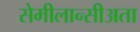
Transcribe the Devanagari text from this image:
सेमीलान्सीअता